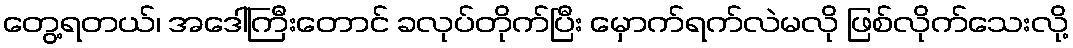
တွေ့ရတယ်၊ အဒေါ်ကြီးတောင် ခလုပ်တိုက်ပြီး မှောက်ရက်လဲမလို ဖြစ်လိုက်သေးလို့